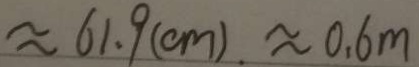
\approx 6 1 . 9 ( c m ) \approx 0 . 6 m